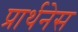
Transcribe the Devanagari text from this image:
प्रार्थनेस